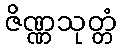
ဇိဏ္ဏသုတ္တံ